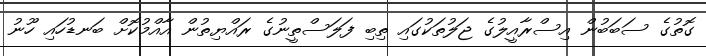
ގޮތުގެ ސަބަބުން އިސްރާއީލުގެ ޖަލުތަކުގައި ތިބި ފަލަސްތީނުގެ ރައްޔިތުން އާއްމުކޮށް ބަނޑުހައި ހޫނު